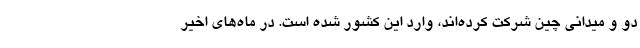
دو و میدانی چین شرکت کرده‌اند، وارد این کشور شده است. در ماه‌های اخیر